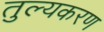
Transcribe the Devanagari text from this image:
तुल्यकरण